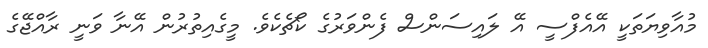
މުއާވިޔަތަކީ އޭއެފްސީ އޭ ލައިސަންސް ފެންވަރުގެ ކޯޗެކެވެ. މީގެއިތުރުން އޭނާ ވަނީ ރާއްޖޭގެ